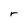
Character: r